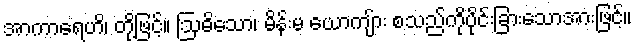
အာကာရေဟိ၊ တို့ဖြင့်။ ဩဓိသော၊ မိန်းမ ယောကျ်ား စသည်ကိုပိုင်းခြားသောအားဖြင့်။